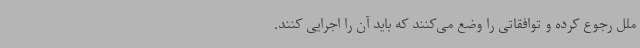
ملل رجوع کرده و توافقاتی را وضع می‌کنند که باید آن را اجرایی کنند.